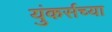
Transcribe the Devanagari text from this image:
युंकर्सच्या